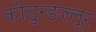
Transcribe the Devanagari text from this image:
कोडुन्ङल्लूर